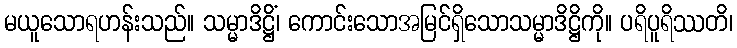
မယူသောရဟန်းသည်။ သမ္မာဒိဋ္ဌိံ၊ ကောင်းသောအမြင်ရှိသောသမ္မာဒိဋ္ဌိကို။ ပရိပူရိဿတိ၊